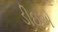
ડીઇએ